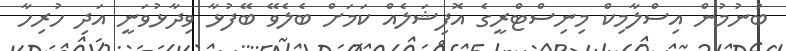
ބުނުމުން އިސްލާމިކް މިނިސްޓްރީގެ އޮފިޝަލެއް ކަމަށް ބެލެވޭ ބޭފުޅާ ވިދާޅުވަނީ އަދި ހުރިހާ